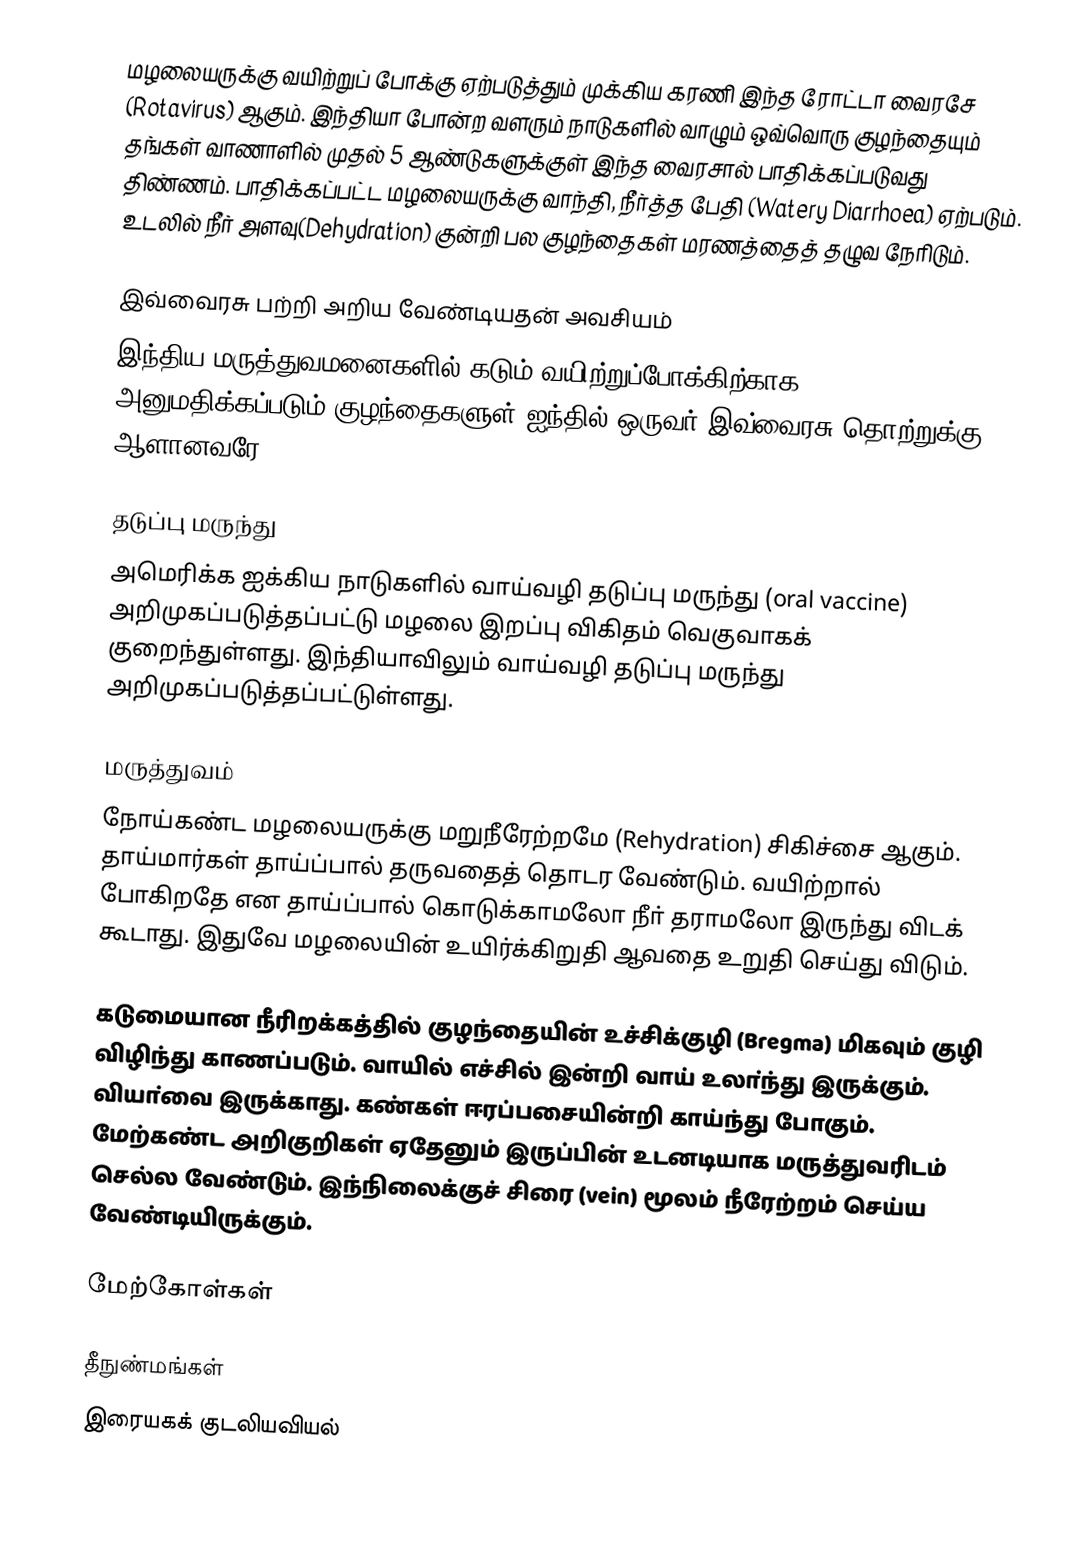
மழலையருக்கு வயிற்றுப் போக்கு ஏற்படுத்தும் முக்கிய கரணி இந்த ரோட்டா வைரசே (Rotavirus) ஆகும். இந்தியா போன்ற வளரும் நாடுகளில் வாழும் ஒவ்வொரு குழந்தையும் தங்கள் வாணாளில் முதல் 5 ஆண்டுகளுக்குள் இந்த வைரசால் பாதிக்கப்படுவது திண்ணம்.   பாதிக்கப்பட்ட மழலையருக்கு வாந்தி, நீா்த்த பேதி (Watery Diarrhoea) ஏற்படும். உடலில் நீா் அளவு(Dehydration) குன்றி பல குழந்தைகள் மரணத்தைத் தழுவ நேரிடும்.

இவ்வைரசு பற்றி அறிய வேண்டியதன் அவசியம்
இந்திய மருத்துவமனைகளில் கடும் வயிற்றுப்போக்கிற்காக அனுமதிக்கப்படும் குழந்தைகளுள் ஐந்தில் ஒருவர் இவ்வைரசு தொற்றுக்கு ஆளானவரே.

தடுப்பு மருந்து
அமெரிக்க ஐக்கிய நாடுகளில் வாய்வழி தடுப்பு மருந்து (oral vaccine) அறிமுகப்படுத்தப்பட்டு மழலை இறப்பு விகிதம் வெகுவாகக் குறைந்துள்ளது. இந்தியாவிலும் வாய்வழி தடுப்பு மருந்து அறிமுகப்படுத்தப்பட்டுள்ளது.

மருத்துவம்
நோய்கண்ட மழலையருக்கு மறுநீரேற்றமே (Rehydration) சிகிச்சை ஆகும். தாய்மார்கள் தாய்ப்பால் தருவதைத் தொடர வேண்டும். வயிற்றால் போகிறதே என தாய்ப்பால் கொடுக்காமலோ நீா் தராமலோ இருந்து விடக் கூடாது. இதுவே மழலையின் உயிர்க்கிறுதி ஆவதை உறுதி செய்து விடும்.

கடுமையான நீரிறக்கத்தில் குழந்தையின் உச்சிக்குழி (Bregma) மிகவும் குழி விழிந்து காணப்படும். வாயில் எச்சில் இன்றி   வாய் உலா்ந்து இருக்கும். வியா்வை இருக்காது. கண்கள் ஈரப்பசையின்றி காய்ந்து போகும். மேற்கண்ட அறிகுறிகள்   ஏதேனும் இருப்பின் உடனடியாக மருத்துவரிடம் செல்ல வேண்டும். இந்நிலைக்குச் சிரை (vein) மூலம் நீரேற்றம் செய்ய வேண்டியிருக்கும்.

மேற்கோள்கள்

தீநுண்மங்கள்
இரையகக் குடலியவியல்